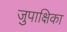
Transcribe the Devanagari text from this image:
जुपाक्षिका